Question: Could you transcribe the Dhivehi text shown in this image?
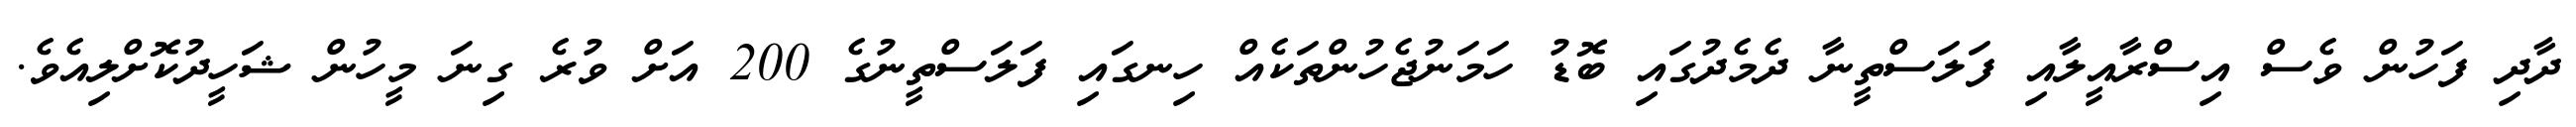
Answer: ދާދި ފަހުން ވެސް އިސްރާއީލާއި ފަލަސްތީނާ ދެމެދުގައި ބޮޑު ހަމަނުޖެހުންތަކެއް ހިނގައި ފަލަސްތީނުގެ 200 އަށް ވުރެ ގިނަ މީހުން ޝަހީދުކޮށްލިއެވެ.